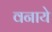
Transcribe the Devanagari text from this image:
वनाये